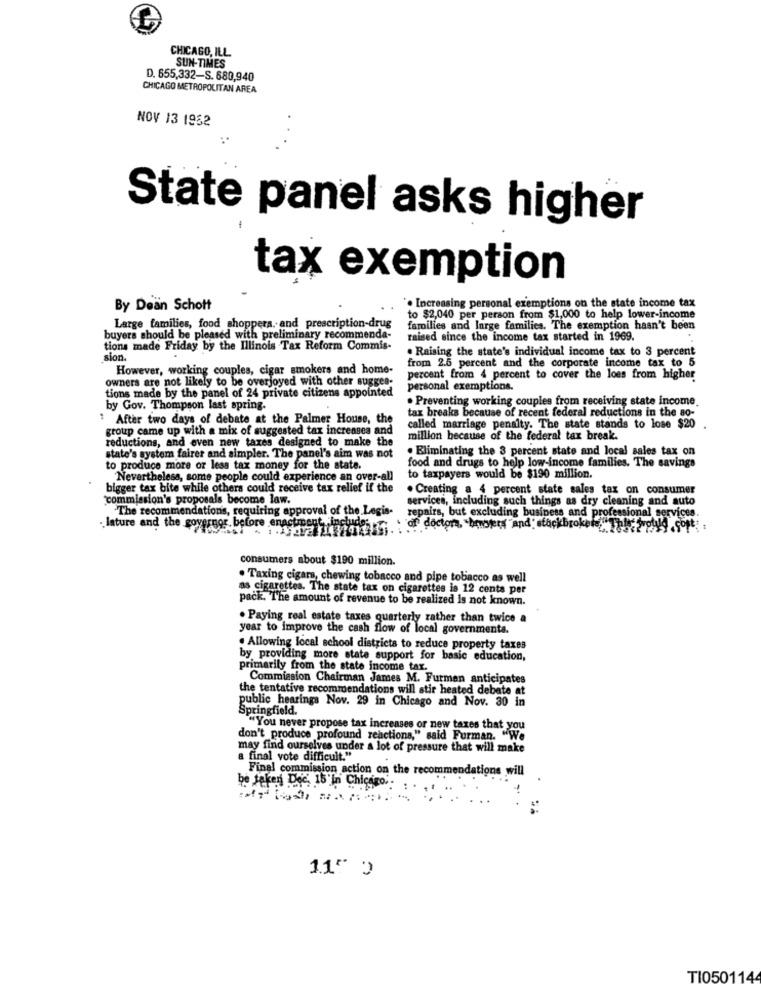
CHICAGO, ILL.
SUN-TIMES
D. 655,332-S. 680,940
CHICAGO METROPOLITAN AREA
NOV 13 1962
State panel asks higher
-
tax exemption
By Dean Schott
. Increasing personal exemptions on the state income tax
to $2,040 per person from $1,000 to help lower-income
Large families, food shoppers. and prescription-drug
families and large families. The exemption hasn't been
buyers should be pleased with preliminary recommenda-
raised since the income tax started in 1969.
tions made Friday by the Illinois Tax Reform Commis-
. Raising the state's individual income tax to 3 percent
sion.
However, working couples, cigar smokers and home
from 2.5 percent and the corporate income tax to 5
owners are not likely to be overjoyed with other sugges-
percent from 4 percent to cover the loes from higher
tions made by the panel of 24 private citizens appointed
personal exemptions.
· Preventing working couples from receiving state income.
by Gov. Thompson last spring.
" After two days of debate at the Palmer House, the
tax breaks because of recent federal reductions in the so-
group came up with a mix of suggested tax increases and
called marriage penalty. The state stands to lose $20
reductions, and even new taxes designed to make the
million because of the federal tax break.
. Eliminating the 3 percent state and local sales tax on
state's system fairer and simpler. The panel's aim was not
to produce more or less tax money for the state.
food and drugs to help low-income families. The savings
Nevertheless, some people could experience an over-all
to taxpayers would be $190 million.
bigger tax bite while others could receive tax relief if the
. Creating a 4 percent state sales tax on consumer
"commission's proposals become law.
services, including such things as dry cleaning and auto
The recommendation's, requiring approval of the Legis-
.lature and the governor before enactment, include
repairs, but excluding business and professional services.
of doctor, hosters "and" stackbrokete,"This votud soft
consumers about $190 million.
. Taxing cigars, chewing tobacco and pipe tobacco as well
as cigarettes. The state tax on cigarettes is 12 cents per
pack. The amount of revenue to be realized is not known.
. Paying real estate taxes quarterly rather than twice a
year to improve the cash flow of local governments.
. Allowing local school districts to reduce property taxes
by providing more state support for basic education,
primarily from the state income tax.
Commission Chairman James M. Furman anticipates
the tentative recommendations will stir heated debate at
public hearings Nov. 29 in Chicago and Nov. 30 in
Springfield.
"You never propose tax increases or new taxes that you
don't produce profound reactions," said Furman. "We
may find ourselves under a lot of pressure that will make
a final vote difficult."
Final commission action on the recommendations will
be taken Dec. 15'in Chicago.
11" )
TI050114